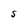
Character: S